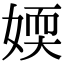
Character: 媆